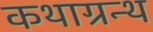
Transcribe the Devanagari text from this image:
कथाग्रन्थ